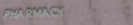
PHARMACY